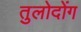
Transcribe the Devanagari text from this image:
तुलोदोंग